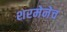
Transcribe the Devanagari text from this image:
शरमेनेच